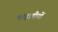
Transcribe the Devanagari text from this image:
पाहाडीयों